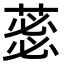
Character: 𮐜